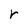
Character: r